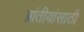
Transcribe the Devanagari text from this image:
प्रांतीयांसाठी